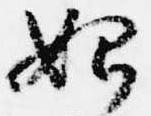
始